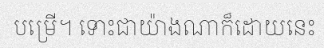
បម្រើ។ ទោះជាយ៉ាងណាក៏ដោយនេះ